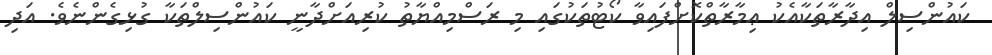
ކައުންސިލް އިދާރާތަކާއެކު ޢިމާރާތްކޮށްފައިވާ ކޯޓުތަކުގައި މި ރަސްމިއްޔާތު ކުރިއަށްދާނީ ކައުންސިލްތަކާ ގުޅިގެންނެވެ. އަދި